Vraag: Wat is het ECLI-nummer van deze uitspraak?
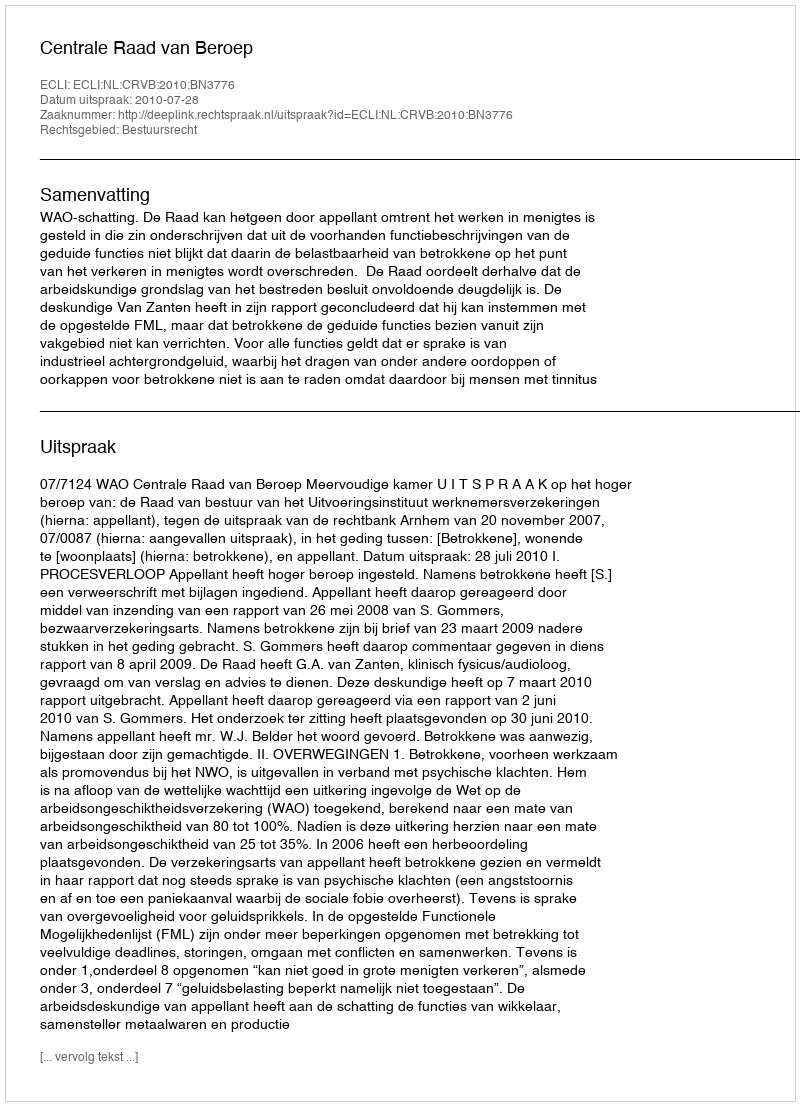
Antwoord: ECLI:NL:CRVB:2010:BN3776